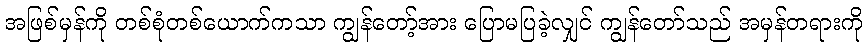
အဖြစ်မှန်ကို တစ်စုံတစ်ယောက်ကသာ ကျွန်တော့်အား ပြောမပြခဲ့လျှင် ကျွန်တော်သည် အမှန်တရားကို